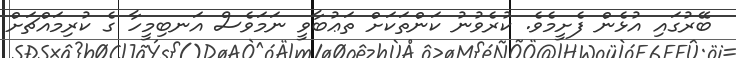
ބޭރުގައި އުޅެން ފެށީމެވެ. ކުރެވުނު ކަންތަކަށް ތަޢުބާވީ ނަމަވެސް އަނބިމީހާ ގެ ކުރިމައްޗަށް